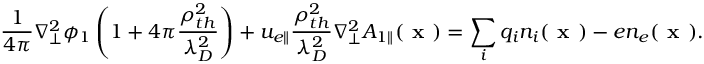
\frac { 1 } { 4 \pi } \nabla _ { \perp } ^ { 2 } \phi _ { 1 } \left( 1 + 4 \pi \frac { \rho _ { t h } ^ { 2 } } { \lambda _ { D } ^ { 2 } } \right) + u _ { e \parallel } \frac { \rho _ { t h } ^ { 2 } } { \lambda _ { D } ^ { 2 } } \nabla _ { \perp } ^ { 2 } A _ { 1 \parallel } ( \textbf { x } ) = \sum _ { i } q _ { i } n _ { i } ( \textbf { x } ) - e n _ { e } ( \textbf { x } ) .